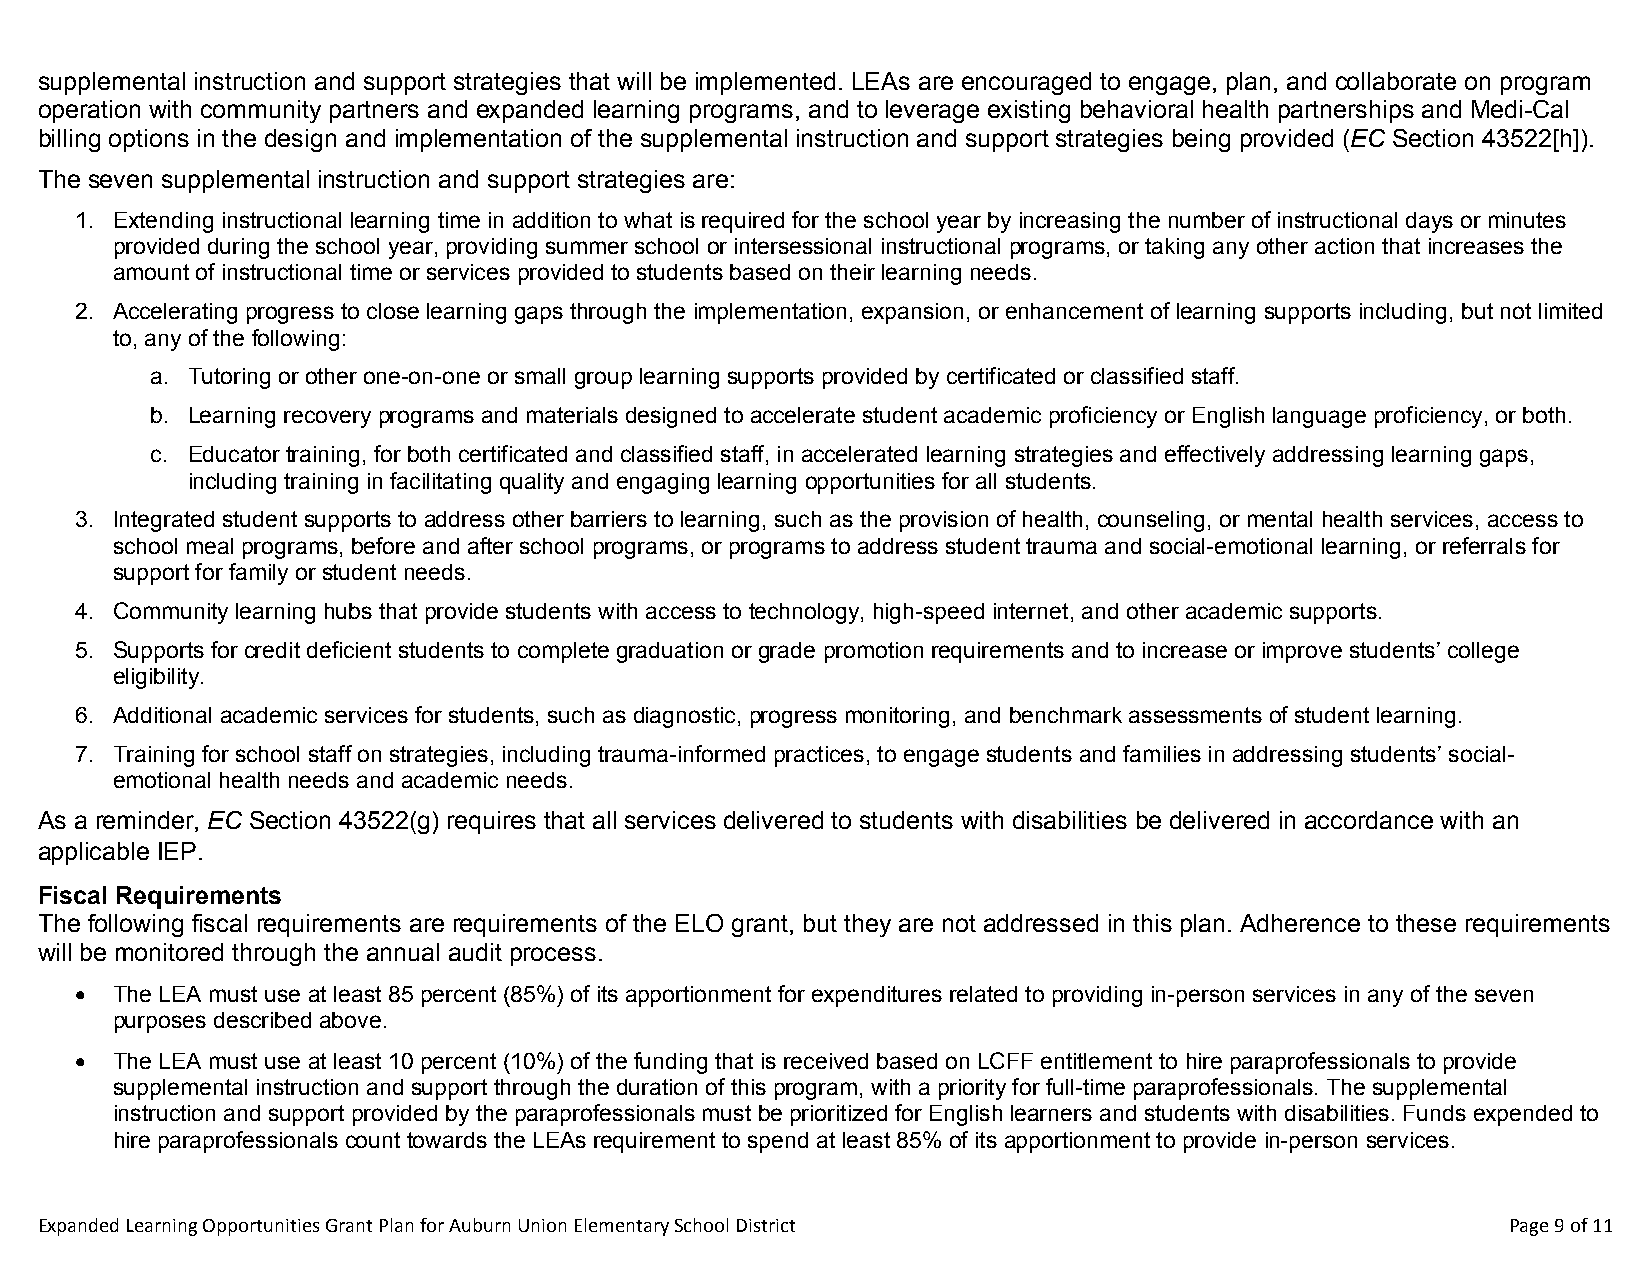
supplemental instruction and support strategies that will be implemented. LEAs are encouraged to engage, plan, and collaborate on program
 operation with community partners and expanded learning programs, and to leverage existing behavioral health partnerships and Medi-Cal
 billing options in the design and implementation of the supplemental instruction and support strategies being provided (EC Section 43522[h]).
 The seven supplemental instruction and support strategies are:
 1. Extending instructional learning time in addition to what is required for the school year by increasing the number of instructional days or minutes
 provided during the school year, providing summer school or intersessional instructional programs, or taking any other action that increases the
 amount of instructional time or services provided to students based on their learning needs.
 2. Accelerating progress to close learning gaps through the implementation, expansion, or enhancement of learning supports including, but not limited
 to, any of the following:
 a. Tutoring or other one-on-one or small group learning supports provided by certificated or classified staff.
 b. Learning recovery programs and materials designed to accelerate student academic proficiency or English language proficiency, or both.
 c. Educator training, for both certificated and classified staff, in accelerated learning strategies and effectively addressing learning gaps,
 including training in facilitating quality and engaging learning opportunities for all students.
 3. Integrated student supports to address other barriers to learning, such as the provision of health, counseling, or mental health services, access to
 school meal programs, before and after school programs, or programs to address student trauma and social-emotional learning, or referrals for
 support for family or student needs.
 4. Community learning hubs that provide students with access to technology, high-speed internet, and other academic supports.
 5. Supports for credit deficient students to complete graduation or grade promotion requirements and to increase or improve students’ college
 eligibility.
 6. Additional academic services for students, such as diagnostic, progress monitoring, and benchmark assessments of student learning.
 7. Training for school staff on strategies, including trauma-informed practices, to engage students and families in addressing students’ social-
 emotional health needs and academic needs.
 As a reminder, EC Section 43522(g) requires that all services delivered to students with disabilities be delivered in accordance with an
 applicable IEP.
 Fiscal Requirements
 The following fiscal requirements are requirements of the ELO grant, but they are not addressed in this plan. Adherence to these requirements
 will be monitored through the annual audit process.
  The LEA must use at least 85 percent (85%) of its apportionment for expenditures related to providing in-person services in any of the seven
 purposes described above.
  The LEA must use at least 10 percent (10%) of the funding that is received based on LCFF entitlement to hire paraprofessionals to provide
 supplemental instruction and support through the duration of this program, with a priority for full-time paraprofessionals. The supplemental
 instruction and support provided by the paraprofessionals must be prioritized for English learners and students with disabilities. Funds expended to
 hire paraprofessionals count towards the LEAs requirement to spend at least 85% of its apportionment to provide in-person services.
 Expanded Learning Opportunities Grant Plan for Auburn Union Elementary School District            Page 9 of 11